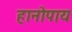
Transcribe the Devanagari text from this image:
हानोपाय